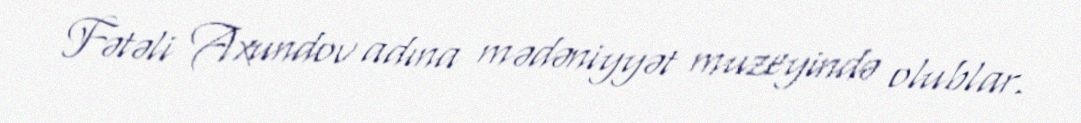
Fətəli Axundov adına mədəniyyət muzeyində olublar.